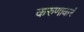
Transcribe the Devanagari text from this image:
करुणाकरं